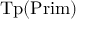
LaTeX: { \mathrm { T p } } ( { \mathrm { P r i m } } ) \,